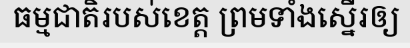
ធម្មជាតិរបស់ខេត្ត ព្រមទាំងស្នើរឲ្យ